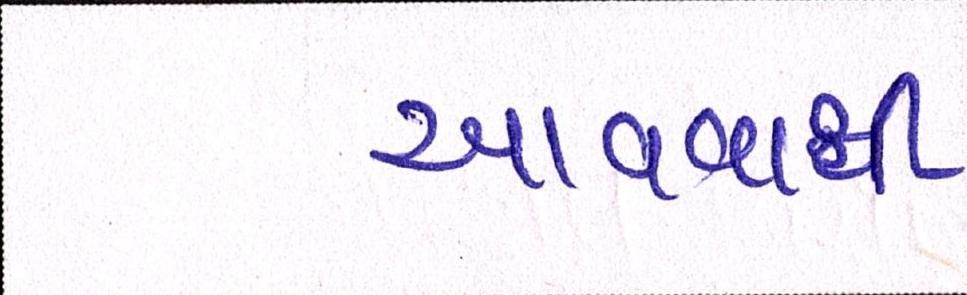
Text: આવવાથી